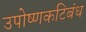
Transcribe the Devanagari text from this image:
उपोष्णकटिबंध